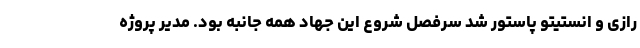
رازی و انستیتو پاستور شد سرفصل شروع این جهاد همه جانبه بود. مدیر پروژه